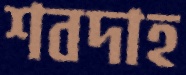
শবদাহ